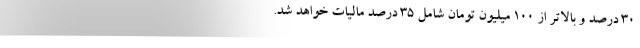
۳۰ درصد و بالاتر از ۱۰۰ میلیون تومان شامل ۳۵ درصد مالیات خواهد شد.